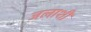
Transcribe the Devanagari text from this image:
जलाशी